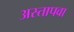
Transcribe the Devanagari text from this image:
अस्तापवा